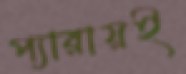
প্যারায়ই